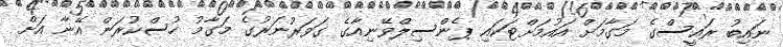
ނައިބު ރައީސްގެ މަގާމަށް އައުމަށްޓަކައި ޕެންސިލްވޭނިއާގެ ގަވަރުނަރުގެ މަގާމު ހުސްކުރަން އޭނާ އަށް